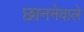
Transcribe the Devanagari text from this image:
छाननेवाले